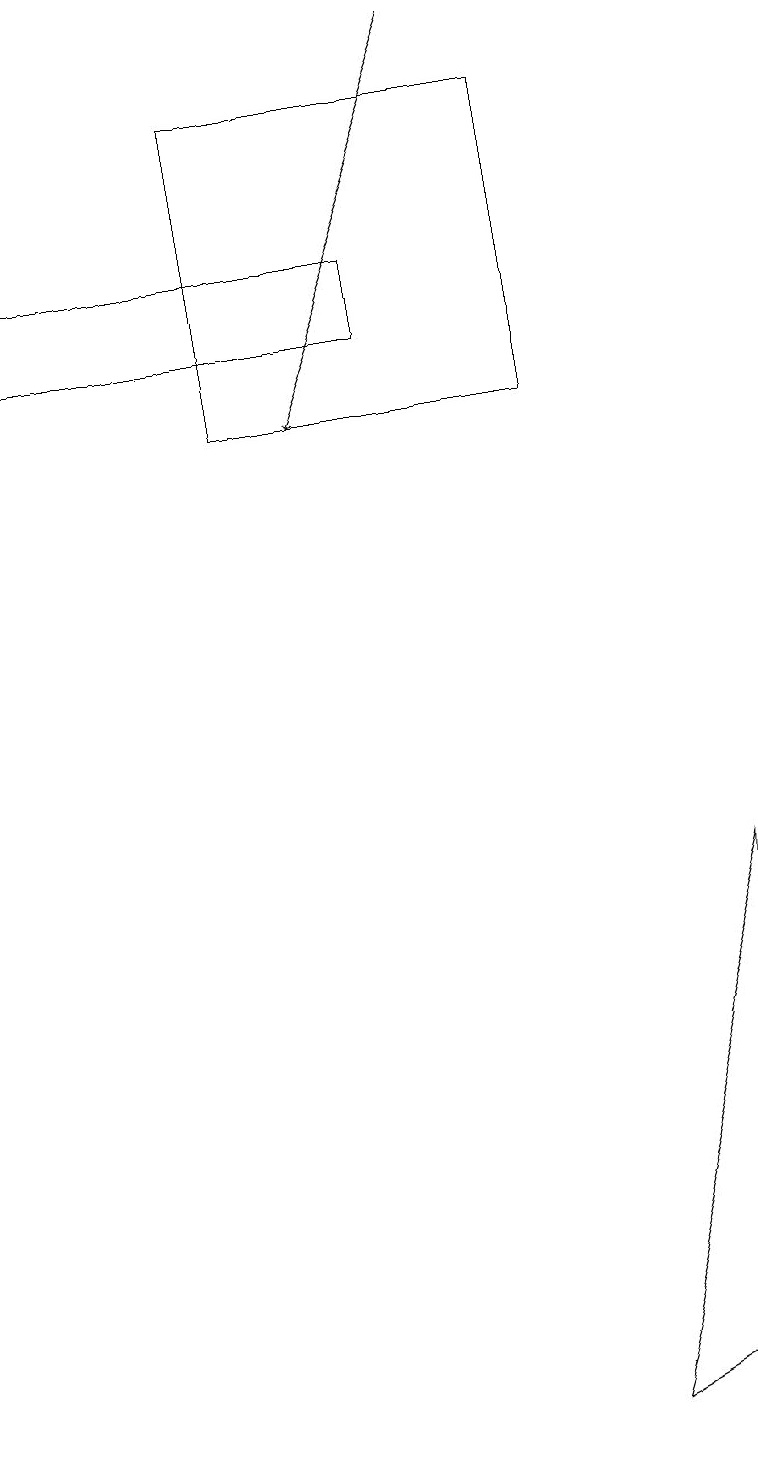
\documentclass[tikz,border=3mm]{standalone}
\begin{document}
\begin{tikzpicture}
\draw[->] (6,19) -- (4,14);
\draw (9,8) -- (9,2) -- (7,1) -- cycle;
\draw (5,16) rectangle (0,15);
\draw (3,14) rectangle (7,18);
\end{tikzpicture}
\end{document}